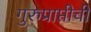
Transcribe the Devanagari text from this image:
गुरुप्राप्तीची